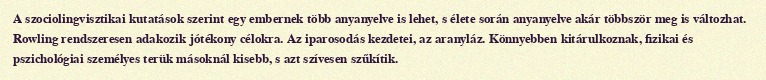
A szociolingvisztikai kutatások szerint egy embernek több anyanyelve is lehet, s élete során anyanyelve akár többször meg is változhat. Rowling rendszeresen adakozik jótékony célokra. Az iparosodás kezdetei, az aranyláz. Könnyebben kitárulkoznak, fizikai és pszichológiai személyes terük másoknál kisebb, s azt szívesen szűkítik.